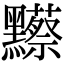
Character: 𪒼